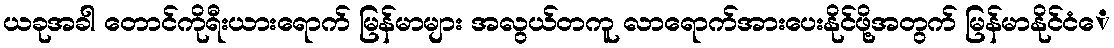
ယခုအခါ တောင်ကိုရီးယားရောက် မြန်မာများ အလွယ်တကူ လာရောက်အားပေးနိုင်ဖို့အတွက် မြန်မာနိုင်ငံေ